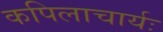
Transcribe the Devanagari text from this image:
कपिलाचार्यः